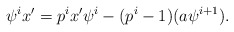
\begin{align*}\psi^{i} x' = p^i x' \psi^{i} -(p^{i} - 1)(a \psi^{i+1}). \end{align*}